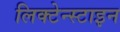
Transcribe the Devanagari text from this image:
लिक्टेन्स्टाइन